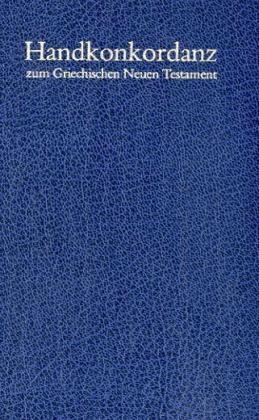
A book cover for Handkonkordanz Zum Grechischen (English and German Edition); A. Schmoller; Christian Books & Bibles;